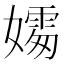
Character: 𪦦